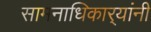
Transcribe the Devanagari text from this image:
सामनाधिकार्‍यांनी